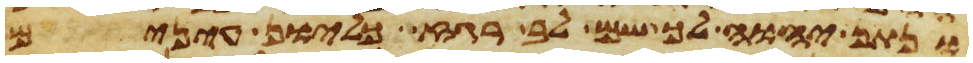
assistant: ונתן יהוה לך שם לב רגז כליון עינים